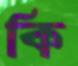
কি